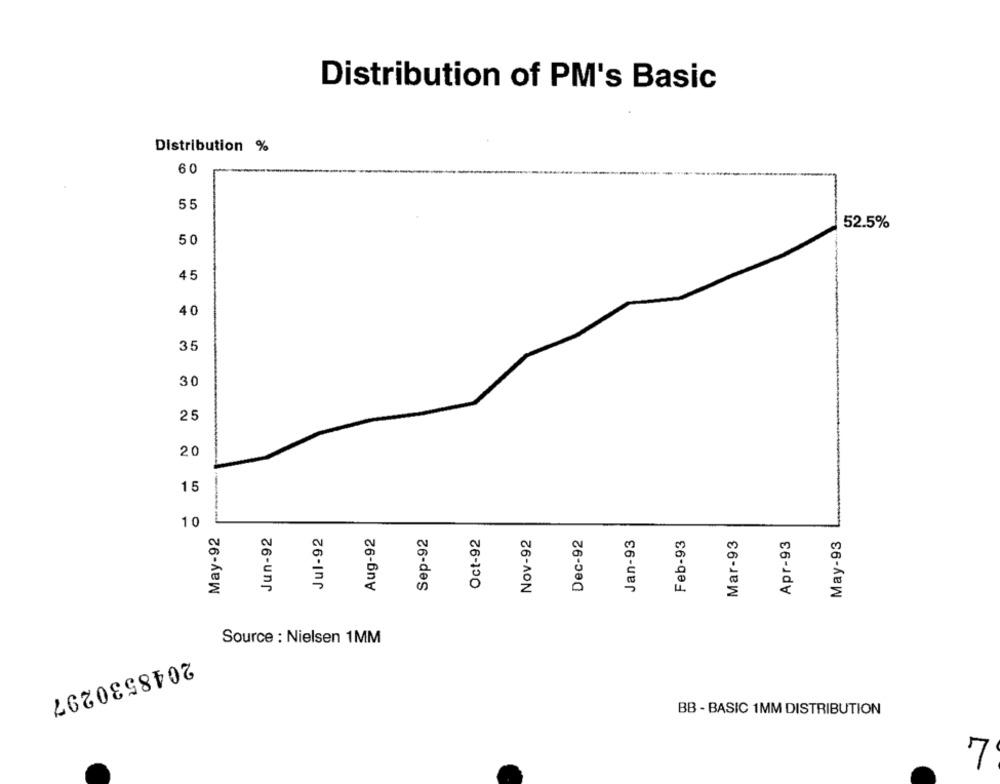
Distribution of PM's Basic
Distribution %
60
55
52.5%
50
45
40
35
0
25
20
15
10
May-92
Jun-92
Jul-92
Aug-92
Sep-92
Oct-92
Nov-92
Dec-92
Jan-93
Feb-93
Apr-93
May-93
Mar-93
Source : Nielsen 1MM
2048530297
BB - BASIC 1MM DISTRIBUTION
7